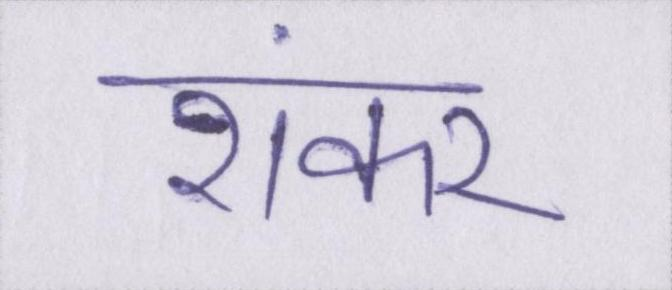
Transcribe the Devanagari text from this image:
शंकर